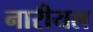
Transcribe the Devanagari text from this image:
नारीयल